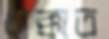
ধাক্কাত